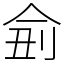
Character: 侴